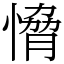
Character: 愶